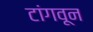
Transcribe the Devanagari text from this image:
टांगवून